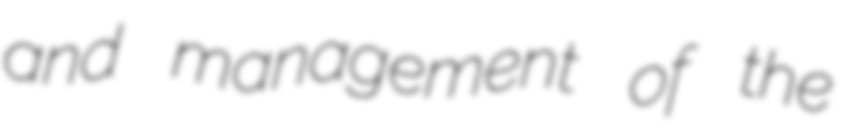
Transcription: and management of the